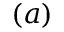
( a )